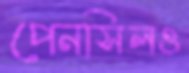
পেনসিলও